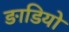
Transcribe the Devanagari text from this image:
ङाडियो